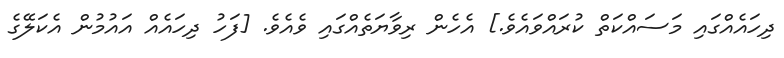
ދިހައެއްގައި މަސައްކަތް ކުރައްވައެވެ.] އެހެން ރިވާޔަތެއްގައި ވެއެވެ. [ފަހު ދިހައެއް އައުމުން އެކަލޭގެ